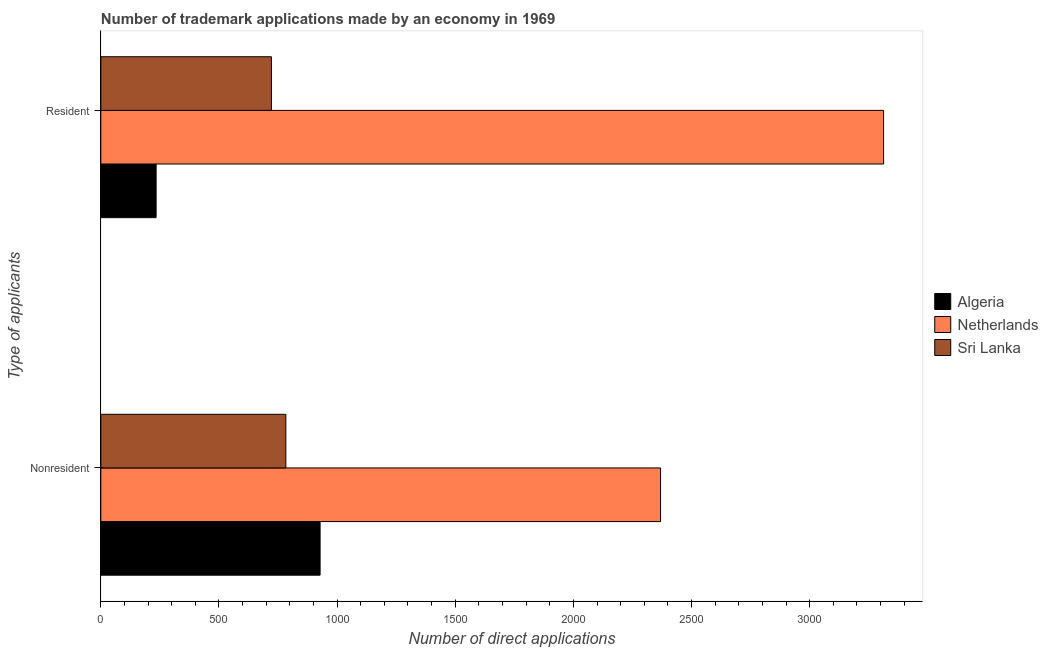
| Type of applicants | Algeria | Netherlands | Sri Lanka |
 | --- | --- | --- | --- |
 | Nonresident | 928 | 2.37e+03 | 783 |
 | Resident | 234 | 3.31e+03 | 722 |